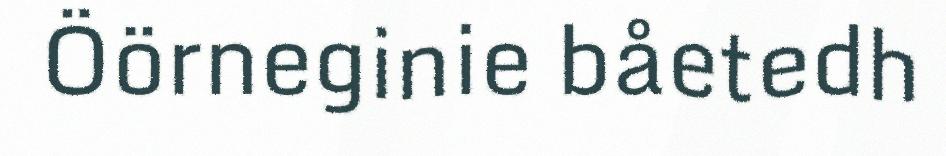
Öörneginie båetedh